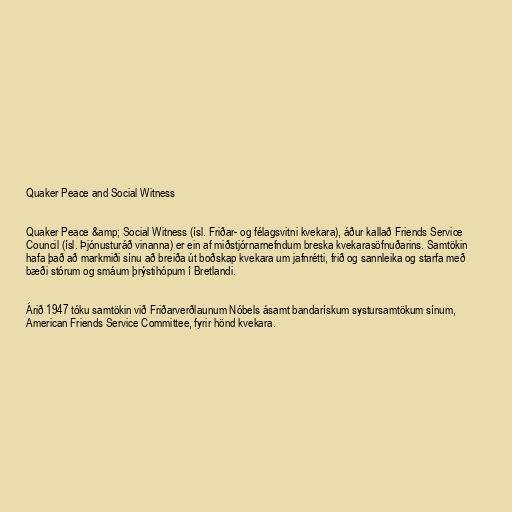
Quaker Peace and Social Witness

Quaker Peace &amp; Social Witness (ísl. Friðar- og félagsvitni kvekara), áður kallað Friends Service
Council (ísl. Þjónusturáð vinanna) er ein af miðstjórnarnefndum breska kvekarasöfnuðarins. Samtökin
hafa það að markmiði sínu að breiða út boðskap kvekara um jafnrétti, frið og sannleika og starfa með
bæði stórum og smáum þrýstihópum í Bretlandi.

Árið 1947 tóku samtökin við Friðarverðlaunum Nóbels ásamt bandarískum systursamtökum sínum,
American Friends Service Committee, fyrir hönd kvekara.